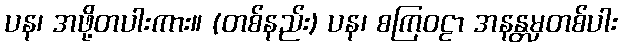
ပန၊ အဖို့တပါးကား။ (တစ်နည်း) ပန၊ စကြဝဠာ အနန္တမှတစ်ပါး